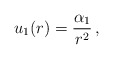
\begin{align*}u_1(r) = \frac{\alpha_1}{r^2}\,,\end{align*}